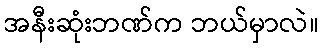
အနီးဆုံးဘဏ်က ဘယ်မှာလဲ။